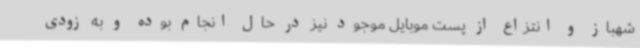
شهباز و انتزاع از پست موبایل موجود نیز در حال انجام بوده و به زودی